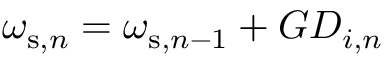
\omega _ { \mathrm { s } , n } = \omega _ { \mathrm { s } , n - 1 } + G D _ { i , n }